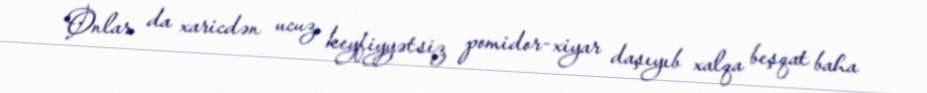
Onlar da xaricdən ucuz, keyfiyyətsiz pomidor-xiyar daşıyıb xalqa beşqat baha